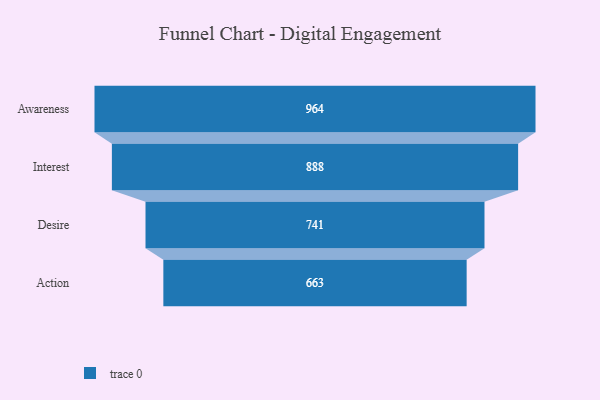
{"axis": {"x": "Stage", "y": "Value"}, "legend": [""], "data": [{"x": "Awareness", "y": 964.0, "type": ""}, {"x": "Interest", "y": 888.0, "type": ""}, {"x": "Desire", "y": 741.0, "type": ""}, {"x": "Action", "y": 663.0, "type": ""}]}